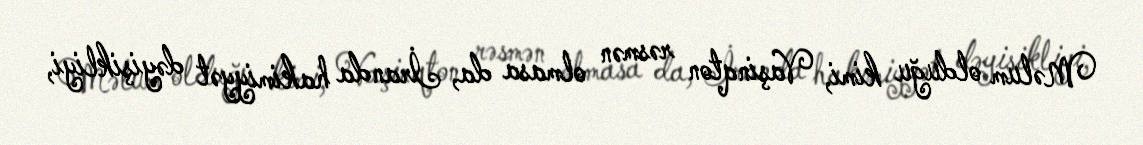
Məlum olduğu kimi, Vaşinqton rəsmən olmasa da, İranda hakimiyyət dəyişikliyi,